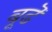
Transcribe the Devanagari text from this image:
बूढॆ